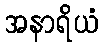
အနာရိယံ